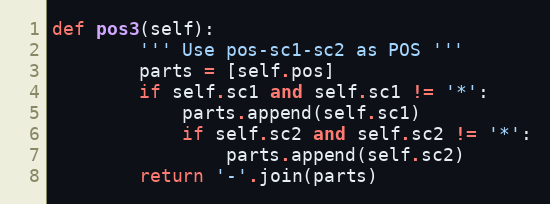
Language: Python
def pos3(self):
        ''' Use pos-sc1-sc2 as POS '''
        parts = [self.pos]
        if self.sc1 and self.sc1 != '*':
            parts.append(self.sc1)
            if self.sc2 and self.sc2 != '*':
                parts.append(self.sc2)
        return '-'.join(parts)